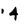
Character: 4